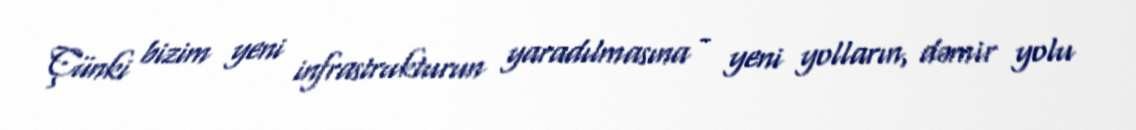
Çünki bizim yeni infrastrukturun yaradılmasına - yeni yolların, dəmir yolu